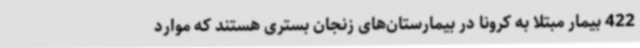
422 بیمار مبتلا به کرونا در بیمارستان‌های زنجان بستری هستند که موارد